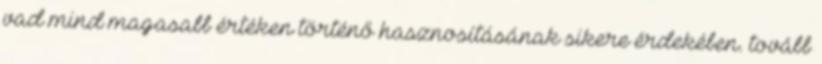
vad mind magasabb értéken történő hasznosításának sikere érdekében. tovább